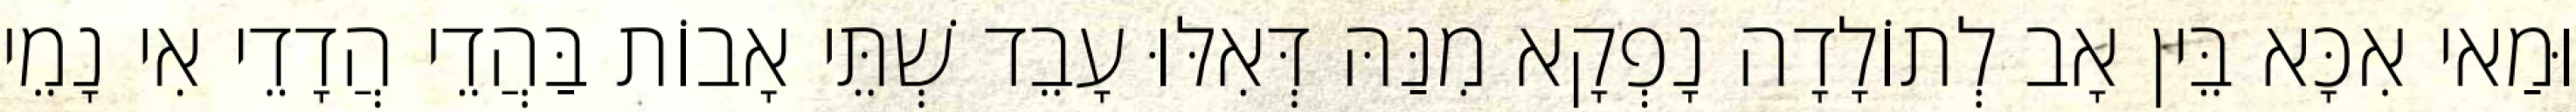
וּמַאי אִכָּא בֵּין אָב לְתוֹלָדָה נָפְקָא מִנַּהּ דְּאִלּוּ עָבֵד שְׁתֵּי אָבוֹת בַּהֲדֵי הֲדָדֵי אִי נָמֵי